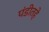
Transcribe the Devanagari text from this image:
पंडीतहे